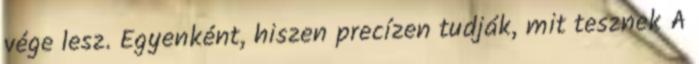
vége lesz. Egyenként, hiszen precízen tudják, mit tesznek A